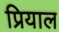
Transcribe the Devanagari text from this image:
प्रियाल